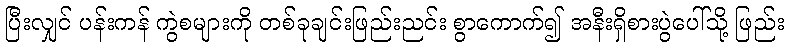
ပြီးလျှင် ပန်းကန် ကွဲစများကို တစ်ခုချင်းဖြည်းညင်း စွာကောက်၍ အနီးရှိစားပွဲပေါ်သို့ ဖြည်း